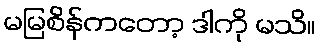
မမြစိန်ကတော့ ဒါကို မသိ။